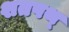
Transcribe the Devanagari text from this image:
शतपथ्